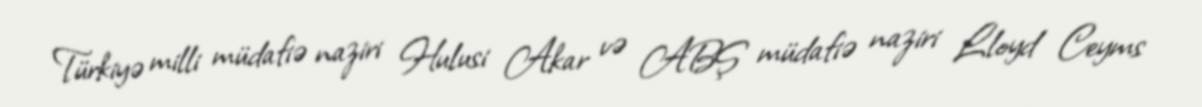
Türkiyə milli müdafiə naziri Hulusi Akar və ABŞ müdafiə naziri Lloyd Ceyms